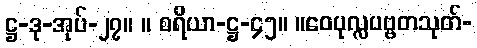
ဋ္ဌ-ဒု-အုပ်-၂၇။ ။ စရိယာ-ဋ္ဌ-၄၅။ ။ဝေပုလ္လပဗ္ဗတသုတ်-